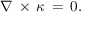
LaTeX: \nabla \, \times \, { \boldsymbol { \kappa } } \, = \, 0 .